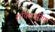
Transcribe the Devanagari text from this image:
शक्तिक्षीण